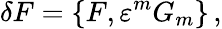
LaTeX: \delta F=\{ F,\varepsilon^{m}G_{m}\} \, ,